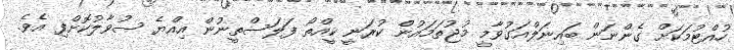
ހުއްޓުމަކަށް ގެންނަން ބައިނަލްއަގުވާމީ މުޖުތަމައުން ކުރަނީ ކީއްތޯ ފަލަސްތީނުން އިއްޔެ ސުވާލުކޮށްފި އެވެ.